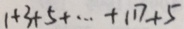
1 + 3 + 5 + \cdots + 1 1 7 + 5